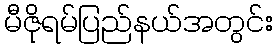
မီဇိုရမ်ပြည်နယ်အတွင်း